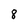
Character: 8